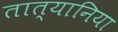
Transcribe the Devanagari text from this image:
तात्यानिया